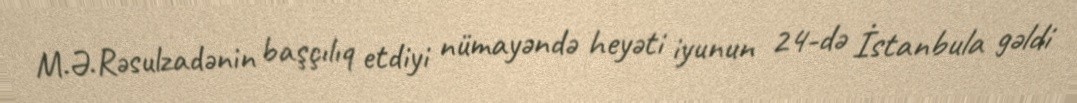
M.Ə.Rəsulzadənin başçılıq etdiyi nümayəndə heyəti iyunun 24-də İstanbula gəldi